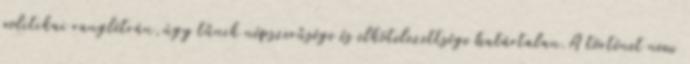
politikai ranglétrán,úgy tűnik népszerűsége és elkötelezettsége határtalan.A történet nem